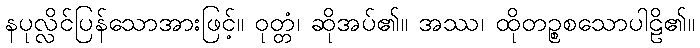
နပုလ္လိင်ပြန်သောအားဖြင့်။ ဝုတ္တံ၊ ဆိုအပ်၏။ အဿ၊ ထိုတဉ္စစသောပါဠိ၏။